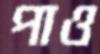
পাও